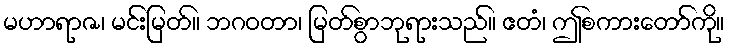
မဟာရာဇ၊ မင်းမြတ်။ ဘဂဝတာ၊ မြတ်စွာဘုရားသည်။ ဧတံ၊ ဤစကားတော်ကို။